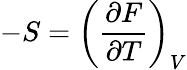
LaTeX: -S=\left({\frac{\partial F}{\partial T}}\right)_{V}